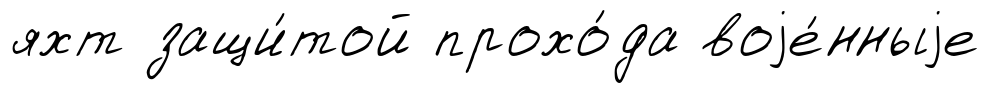
яхт защи́той прохо́да воjе́нныjе